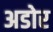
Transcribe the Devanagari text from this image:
अडोर